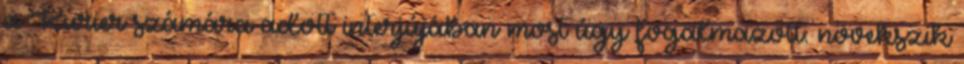
a Kurier számára adott interjújában most úgy fogalmazott: növekszik